Reports on dispensaries and lunatic asylums in the Province of Oudh - 1869-1876
Year: 1869
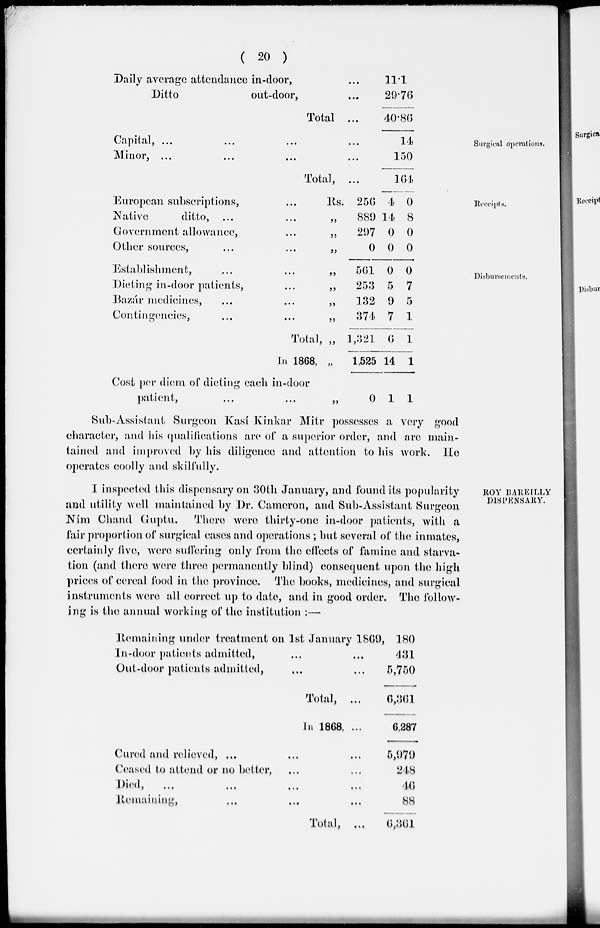
( 20 )
Daily average attendance in-door, ...
Ditto
out-door, ...
Total ...
11.1
29.76
40.86
Surgical operations.
Capital, ... ... ... ...
Minor, ... ... ... ...
Total, ...
14
150
164
Receipts.
European subscriptions, ...
Native
ditto, ... ...
Government allowance, ...
Other sources, ... ...
Rs.
„
„
„
256
889
297
0
4
14
0
0
0
8
0
0
Disbursements.
Establishment, ... ...
Dieting in-door patients, ...
Bazár medicines, ... ...
Contingencies, ... ...
Total,
In 1868,
Cost per diem of dieting each in-door
patient, ... ...
„
„
„
„
„
„
„
501
253
132
374
1,321
1,525
0
0
5
9
7
6
14
1
0
7
5
1
1
1
1
Sub-Assistant Surgeon Kasí Kinkar Mitr possesses a very good
character, and his qualifications are of a superior order, and are main-
tained and improved by his diligence and attention to his work. He
operates coolly and skilfully.
ROY BAREILLY
DISPENSARY.
I inspected this dispensary on 30th January, and found its popularity
and utility well maintained by Dr. Cameron, and Sub-Assistant Surgeon
Ním Chand Guptu. There were thirty-one in-door patients, with a
fair proportion of surgical cases and operations ; but several of the inmates,
certainly five, were suffering only from the effects of famine and starva-
tion (and there were three permanently blind) consequent upon the high
prices of cereal food in the province. The books, medicines, and surgical
instruments were all correct up to date, and in good order. The follow-
ing is the annual working of the institution :—
Remaining under treatment on 1st January 1869,
In-door patients admitted, ... ...
Out-door patients admitted, ... ...
Total, ...
In 1868, ...
Cured and relieved, ... ... ...
Ceased to attend or no better, ... ...
Died,
...
...
...
...
Remaining, ... ... ...
Total, ...
180
431
5,750
6,361
6,287
5,979
248
46
88
6,361